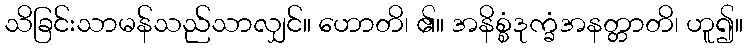
သိခြင်းသာမန်သည်သာလျှင်။ ဟောတိ၊ ၏။ အနိစ္စံဒုက္ခံအနတ္တာတိ၊ ဟူ၍။